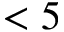
< 5